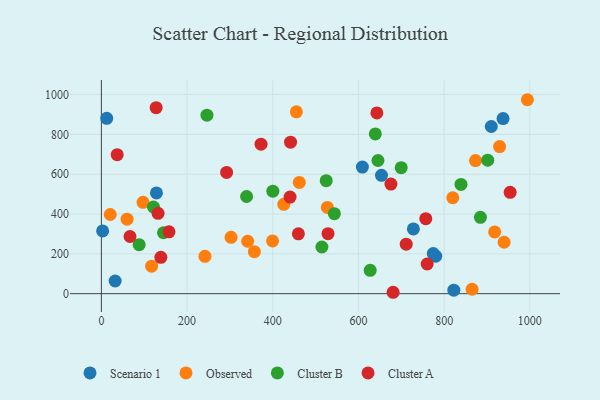
{"axis": {"x": "Engine Size", "y": "Yield"}, "legend": ["Cluster A", "Cluster B", "Observed", "Scenario 1"], "data": [{"x": "609.2", "y": 635.7, "type": "Scenario 1"}, {"x": "2.9", "y": 315.2, "type": "Scenario 1"}, {"x": "910.1", "y": 839.2, "type": "Scenario 1"}, {"x": "128.5", "y": 505.9, "type": "Scenario 1"}, {"x": "822.6", "y": 17.7, "type": "Scenario 1"}, {"x": "728.2", "y": 325.0, "type": "Scenario 1"}, {"x": "780.4", "y": 188.4, "type": "Scenario 1"}, {"x": "32.1", "y": 63.6, "type": "Scenario 1"}, {"x": "937.5", "y": 879.2, "type": "Scenario 1"}, {"x": "774.6", "y": 201.4, "type": "Scenario 1"}, {"x": "12.5", "y": 880.4, "type": "Scenario 1"}, {"x": "653.8", "y": 594.0, "type": "Scenario 1"}, {"x": "302.7", "y": 283.0, "type": "Observed"}, {"x": "873.3", "y": 668.0, "type": "Observed"}, {"x": "60.0", "y": 373.9, "type": "Observed"}, {"x": "929.5", "y": 738.3, "type": "Observed"}, {"x": "117.2", "y": 138.1, "type": "Observed"}, {"x": "865.3", "y": 22.3, "type": "Observed"}, {"x": "341.4", "y": 263.1, "type": "Observed"}, {"x": "425.7", "y": 448.5, "type": "Observed"}, {"x": "97.3", "y": 458.4, "type": "Observed"}, {"x": "917.9", "y": 309.9, "type": "Observed"}, {"x": "455.1", "y": 912.8, "type": "Observed"}, {"x": "357.1", "y": 210.6, "type": "Observed"}, {"x": "820.2", "y": 481.5, "type": "Observed"}, {"x": "462.0", "y": 558.3, "type": "Observed"}, {"x": "994.3", "y": 973.6, "type": "Observed"}, {"x": "20.7", "y": 397.5, "type": "Observed"}, {"x": "527.4", "y": 433.1, "type": "Observed"}, {"x": "940.0", "y": 258.2, "type": "Observed"}, {"x": "399.5", "y": 264.9, "type": "Observed"}, {"x": "241.7", "y": 187.7, "type": "Observed"}, {"x": "639.4", "y": 802.1, "type": "Cluster B"}, {"x": "543.8", "y": 401.4, "type": "Cluster B"}, {"x": "246.4", "y": 895.9, "type": "Cluster B"}, {"x": "627.4", "y": 117.0, "type": "Cluster B"}, {"x": "839.3", "y": 548.4, "type": "Cluster B"}, {"x": "884.7", "y": 383.0, "type": "Cluster B"}, {"x": "88.1", "y": 246.0, "type": "Cluster B"}, {"x": "524.8", "y": 567.3, "type": "Cluster B"}, {"x": "121.5", "y": 435.1, "type": "Cluster B"}, {"x": "338.9", "y": 487.7, "type": "Cluster B"}, {"x": "400.2", "y": 514.3, "type": "Cluster B"}, {"x": "645.6", "y": 668.5, "type": "Cluster B"}, {"x": "699.8", "y": 632.5, "type": "Cluster B"}, {"x": "514.7", "y": 234.2, "type": "Cluster B"}, {"x": "901.7", "y": 670.1, "type": "Cluster B"}, {"x": "145.0", "y": 305.8, "type": "Cluster B"}, {"x": "292.3", "y": 608.8, "type": "Cluster A"}, {"x": "132.3", "y": 403.2, "type": "Cluster A"}, {"x": "36.9", "y": 698.0, "type": "Cluster A"}, {"x": "760.4", "y": 148.9, "type": "Cluster A"}, {"x": "757.2", "y": 376.4, "type": "Cluster A"}, {"x": "372.6", "y": 750.5, "type": "Cluster A"}, {"x": "138.8", "y": 182.5, "type": "Cluster A"}, {"x": "954.1", "y": 508.9, "type": "Cluster A"}, {"x": "680.9", "y": 7.0, "type": "Cluster A"}, {"x": "157.8", "y": 310.3, "type": "Cluster A"}, {"x": "440.4", "y": 485.0, "type": "Cluster A"}, {"x": "127.8", "y": 933.8, "type": "Cluster A"}, {"x": "675.8", "y": 550.4, "type": "Cluster A"}, {"x": "459.8", "y": 300.6, "type": "Cluster A"}, {"x": "66.8", "y": 287.0, "type": "Cluster A"}, {"x": "643.0", "y": 907.3, "type": "Cluster A"}, {"x": "711.5", "y": 248.3, "type": "Cluster A"}, {"x": "441.5", "y": 760.5, "type": "Cluster A"}, {"x": "529.0", "y": 301.1, "type": "Cluster A"}]}